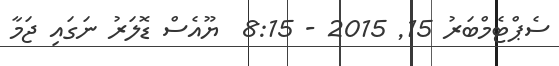
ސެޕްޓެމްބަރު 15